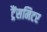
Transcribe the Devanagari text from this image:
ट्रैंसमिटर